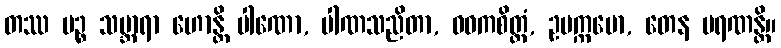
တဿ ပဉ္စ သမ္ဘာရာ ဟောန္တိ ပါဏော, ပါဏသညိတာ, ဝဓကစိတ္တံ, ဥပက္ကမော, တေန မရဏန္တိ။